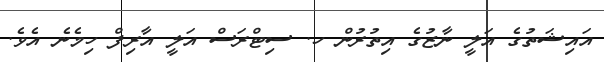
އައިޝަތުގެ އަލީ ނާޒުގެ އިތުރުން ހ. ސިޓްރަސް އަލީ އާރިފް ހިމެނެ އެވެ.